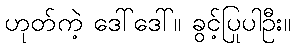
ဟုတ်ကဲ့ ဒေါ်ဒေါ်။ ခွင့်ပြုပါဦး။